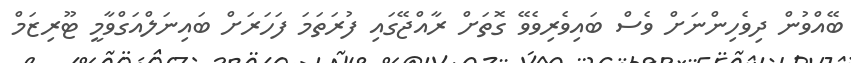
ބޭއްވުން ދިވެހިންނަށް ވެސް ބައިވެރިވެވޭ ގޮތަށް ރާއްޖޭގައި ފުރަތަމަ ފަހަރަށް ބައިނަލްއަގްވާމީ ޓޫރިޒަމް